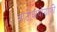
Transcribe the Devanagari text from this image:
आटोबायोग्राफी